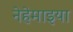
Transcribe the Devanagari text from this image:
नेहेमाइया